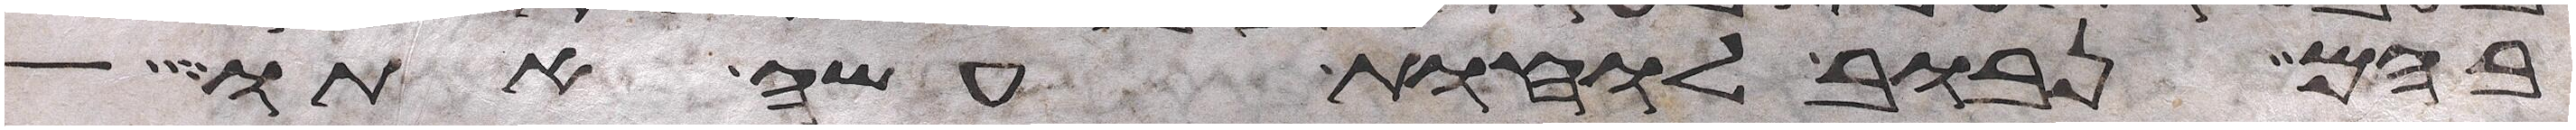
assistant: בהם נבוב לוחת עשה אתו